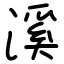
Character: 溪